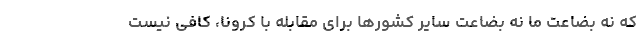
که نه بضاعت ما نه بضاعت سایر کشورها برای مقابله با کرونا، کافی نیست